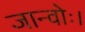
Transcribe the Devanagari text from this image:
जान्वोः।